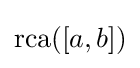
\operatorname {rca} ([a,b])